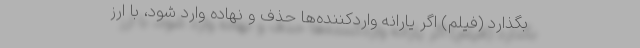
بگذارد (فیلم) اگر یارانه واردکننده‌‌ها حذف و نهاده وارد شود، با ارز